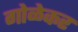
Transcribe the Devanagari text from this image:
गोळेकर